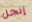
إنجل